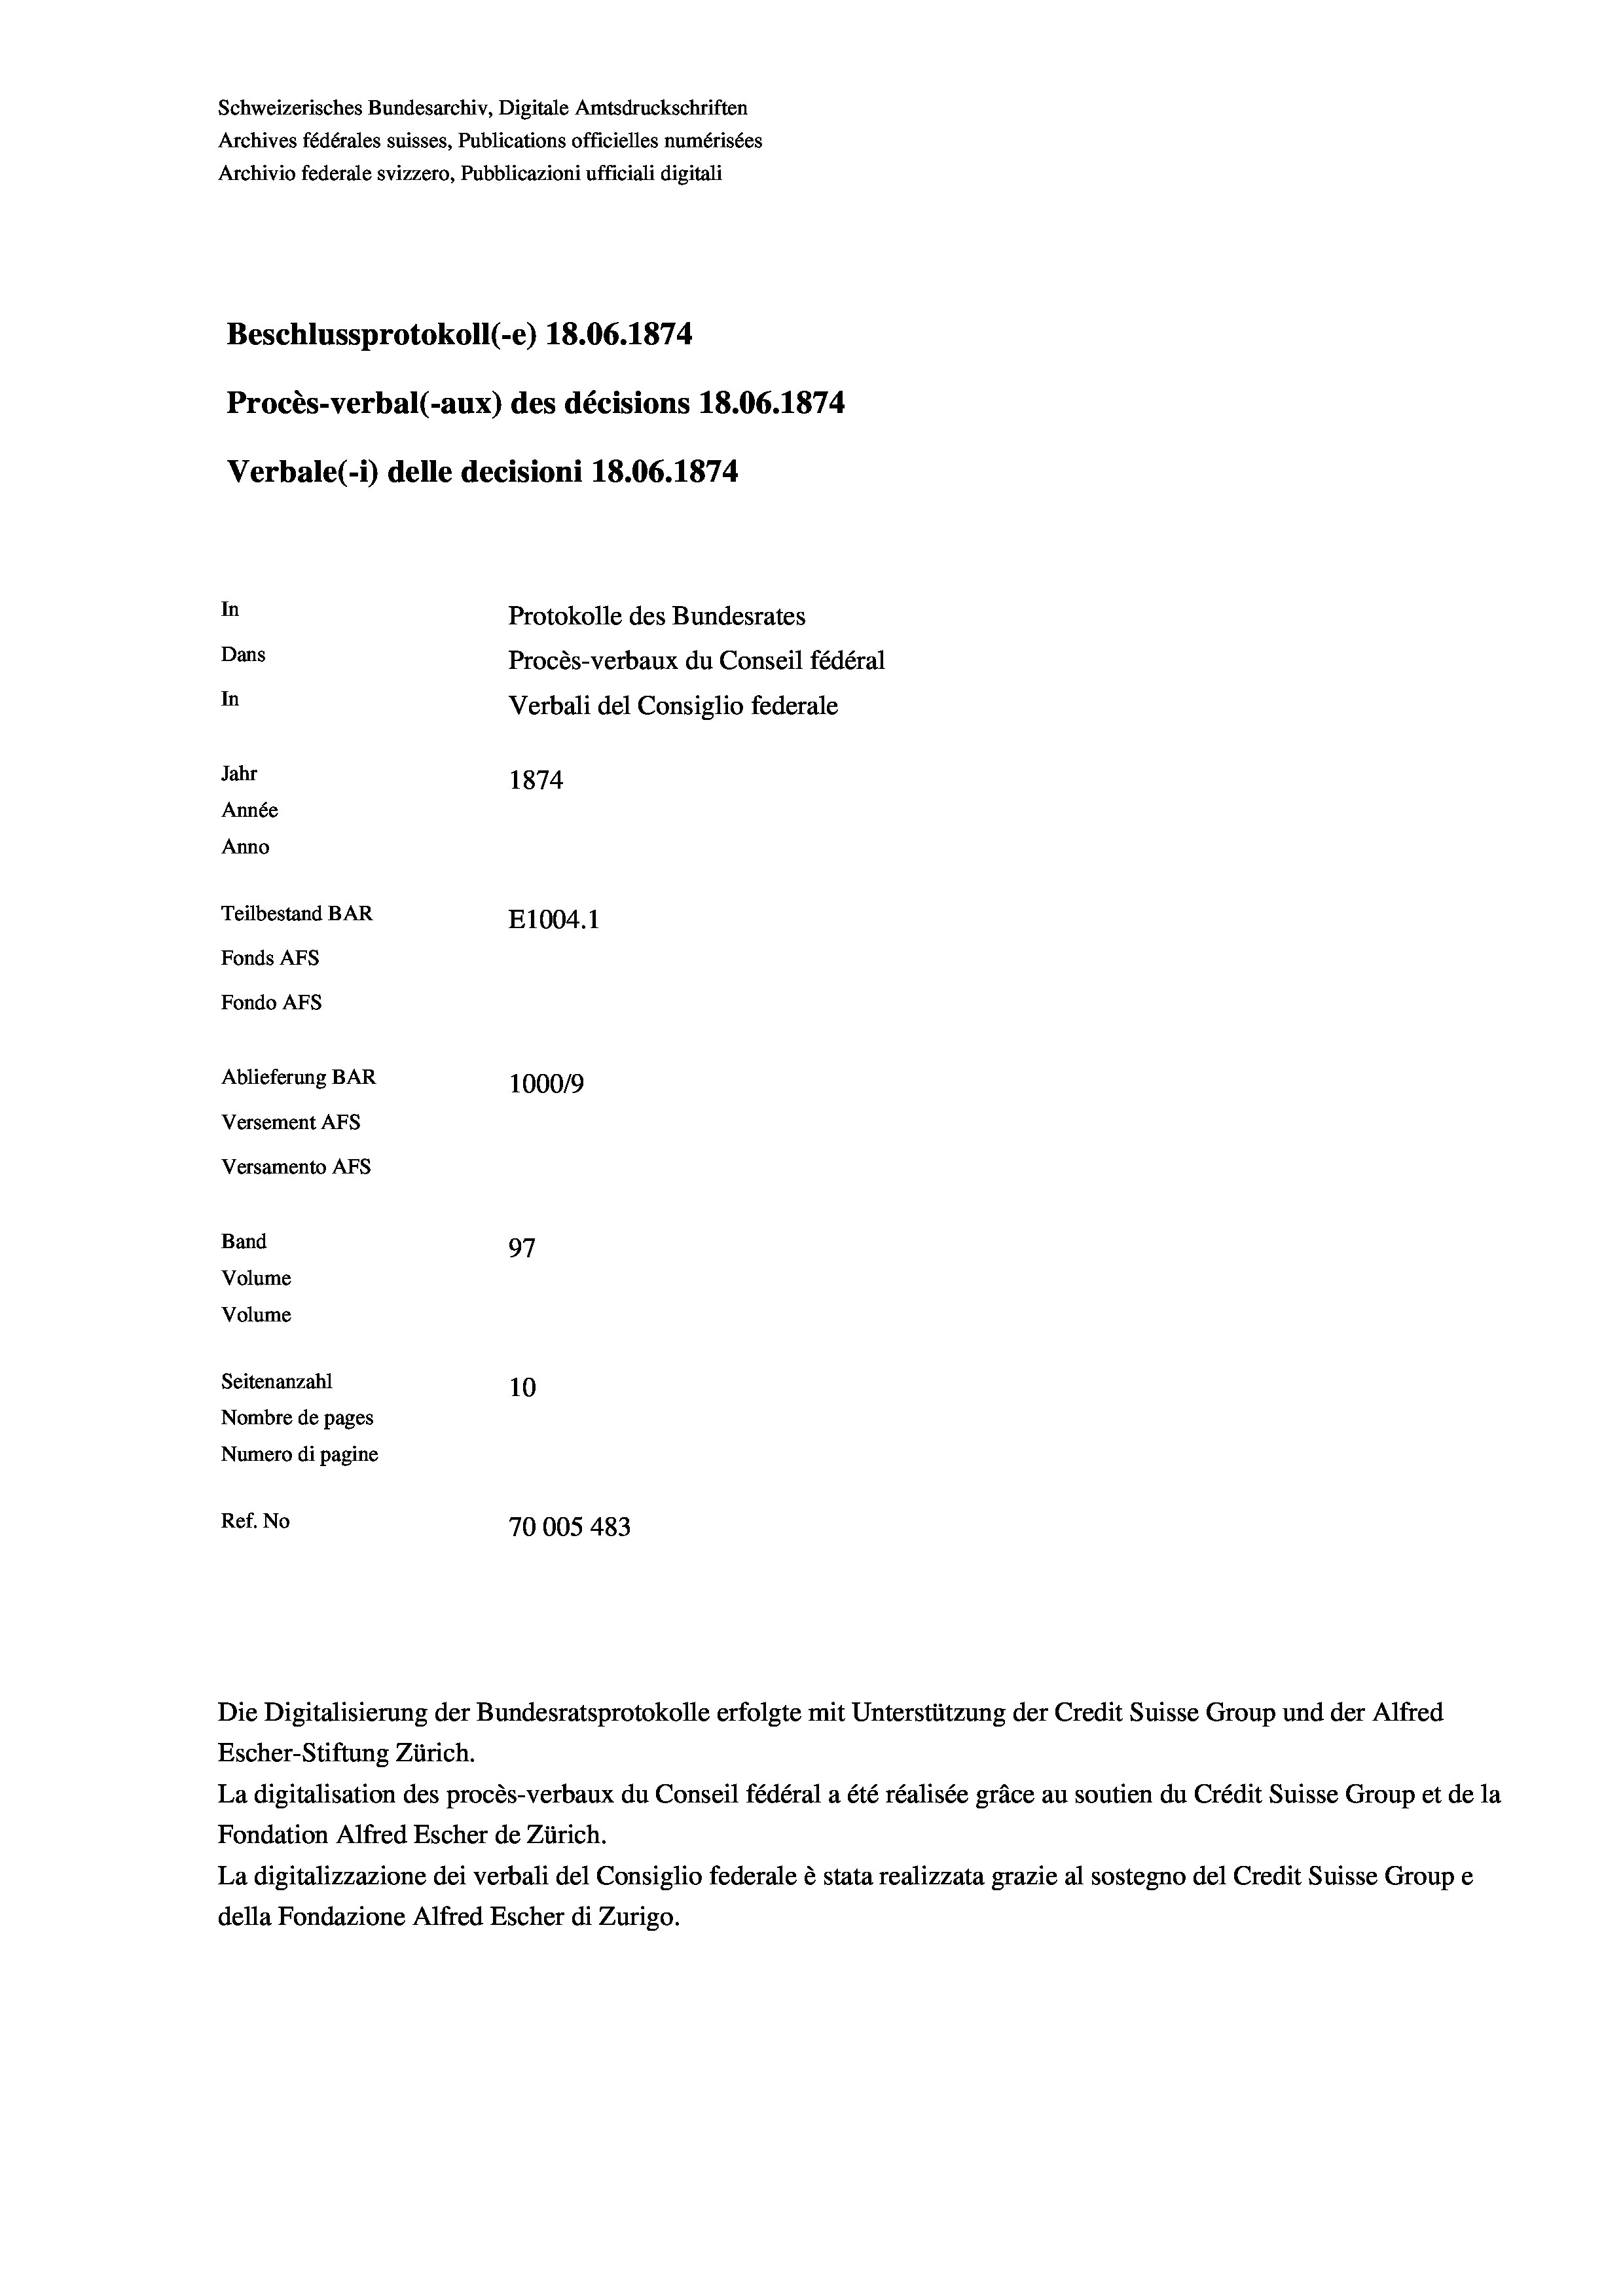
Schweizerisches Bundesarchiv, Digitale Amtsdruckschriften
Archives fédérales suisses, Publications officielles numérisées
Archivio federale svizzero, Pubblicazioni ufficiali digitali
Beschlussprotokoll (-e) 18.06. 1874
Procès-verbal (-aux) des décisions 18.06. 1874
Verbale (1) delle decisioni 18.06. 1874
In
Protokolle des Bundesrates
Dans
Procès-verbaux du Conseil fédéral
In
Verbali del Consiglio federale
Jahr
1874
Année
Anno
Teilbestand BAR
E1004. 1
Fonds AFs
Fondo AFs
Ablieferung BAR
1000/9
Versement Abs
Versamento AFs

Band
Volume
Volume

97
Seitenanzahl
10
Nombre de pages
Numero di pagine
Ref. No
70005 483

Die Digitalisierung der Bundesratsprotokolle erfolgte mit Unterstützung der Credit Suisse Group und der Alfred
Escher-Stiftung Zürich.
La digitalisation des procès-verbaux du Conseil fédéral a été réalisée gräce au soutien du Crédit Suisse Group et de la
Fondation Alfred Escher de Zürich.
La digitalizzazione dei verbali del Consiglio federale è stata realizzata grazie al sostegno del Credit Suisse Groupe
della Fondazione Alfred Escher di Zurigo.